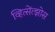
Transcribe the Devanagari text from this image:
व्हित्सेंत्झोस